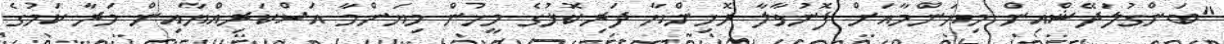
"ބަންގުލަދޭޝްއިން މިޔަންމާއަށް ފޮނުވާލާ ރޮހިންޔާ ދަރިކޮޅުގެ މީހުން މިޔަންމާ އަސްކަރިއްޔާއިން މަރާ ކަމުގެ